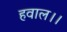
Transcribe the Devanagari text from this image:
हवाल।।